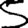
Digit: 5